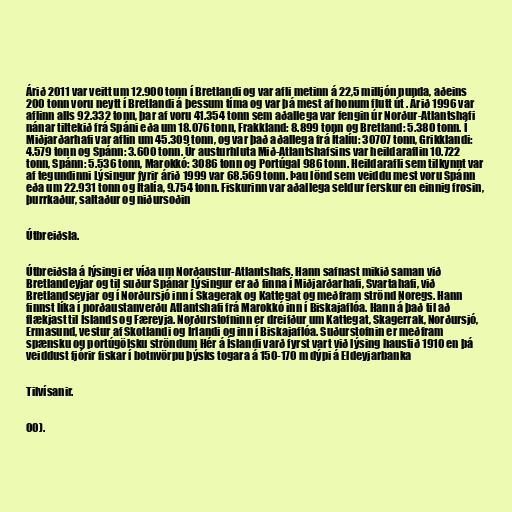
Árið 2011 var veitt um 12.900 tonn í Bretlandi og var afli metinn á 22,5 milljón punda, aðeins
200 tonn voru neytt í Bretlandi á þessum tíma og var þá mest af honum flutt út . Árið 1996 var
aflinn alls 92.332 tonn, þar af voru 41.354 tonn sem aðallega var fengin úr Norður-Atlantshafi
nánar tiltekið frá Spáni eða um 18.076 tonn, Frakkland: 8.899 tonn og Bretland: 5.380 tonn. Í
Miðjarðarhafi var aflin um 45.309 tonn, og var það aðallega frá Ítalíu: 30707 tonn, Grikklandi:
4.579 tonn og Spánn: 3.600 tonn. Úr austurhluta Mið-Atlantshafsins var heildaraflin 10.722
tonn, Spánn: 5.536 tonn, Marokkó: 3086 tonn og Portúgal 986 tonn. Heildarafli sem tilkynnt var
af tegundinni Lýsingur fyrir árið 1999 var 68.569 tonn. Þau lönd sem veiddu mest voru Spánn
eða um 22.931 tonn og Ítalía, 9.754 tonn. Fiskurinn var aðallega seldur ferskur en einnig frosin,
þurrkaður, saltaður og niðursoðin

Útbreiðsla.

Útbreiðsla á lýsingi er víða um Norðaustur-Atlantshafs. Hann safnast mikið saman við
Bretlandeyjar og til suður Spánar Lýsingur er að finna í Miðjarðarhafi, Svartahafi, við
Bretlandseyjar og í Norðursjó inn í Skagerak og Kattegat og meðfram strönd Noregs. Hann
finnst líka í norðaustanverðu Atlantshafi frá Marokkó inn í Biskajaflóa. Hann á það til að
flækjast til Íslands og Færeyja. Norðurstofninn er dreifður um Kattegat, Skagerrak, Norðursjó,
Ermasund, vestur af Skotlandi og Írlandi og inn í Biskajaflóa. Suðurstofnin er meðfram
spænsku og portúgölsku ströndum Hér á Íslandi varð fyrst vart við lýsing haustið 1910 en þá
veiddust fjórir fiskar í botnvörpu þýsks togara á 150-170 m dýpi á Eldeyjarbanka

Tilvísanir.

00).